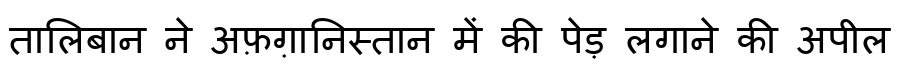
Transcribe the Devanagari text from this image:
तालिबान ने अफ़ग़ानिस्तान में की पेड़ लगाने की अपील